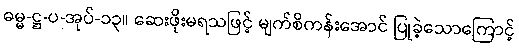
ဓမ္မ-ဋ္ဌ-ပ-အုပ်-၁၃။ ဆေးဖိုးမရသဖြင့် မျက်စိကန်းအောင် ပြုခဲ့သောကြောင့်